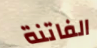
الفاتنة